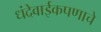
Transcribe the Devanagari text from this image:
धंदेवाईकपणाचे